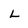
Character: L